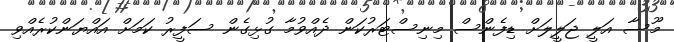
މޫސާ އަލީ ޖަލީލަށް ޑިފެންސް މިނިސްޓަރުކަން ދެއްވުމާ ގުޅިގެން ސަފީރު ކަމަށް އައްޔަންކުރެއްވި